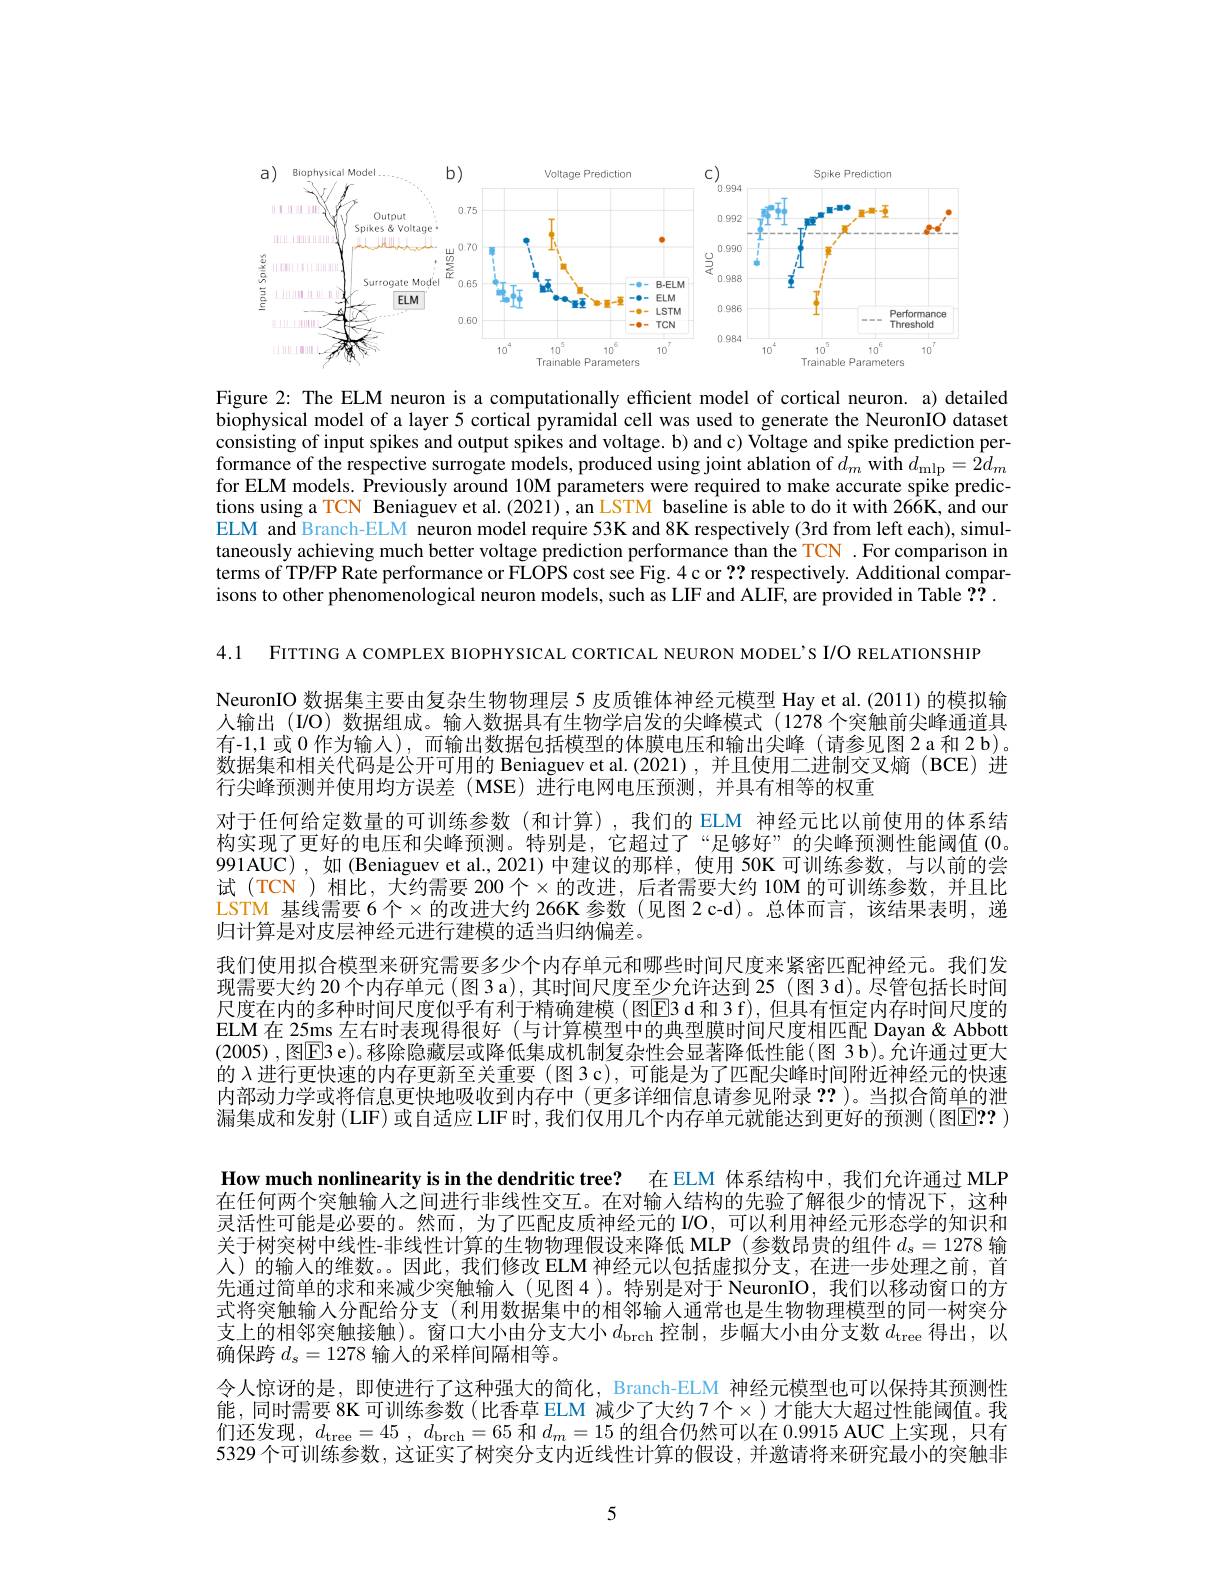
<FigureHere>

Figure 2: The ELM neuron is a computationally efficient model of cortical neuron. a) detailed biophysical model of a layer 5 cortical pyramidal cell was used to generate the NeuronIO dataset consisting of input spikes and output spikes and voltage. b) and c) Voltage and spike prediction performance of the respective surrogate models, produced using joint ablation of $d_m$ with $d_\mathrm{mlp}=2d_m$ for ELM models. Previously around 10M parameters were required to make accurate spike predictions using a TCN Beniaguev et al.(2021),an LSTM baseline is able to do it with 266K, and our ELM and Branch-ELM neuron model require 53K and 8K respectively (3rd from left each), simultaneously achieving much better voltage prediction performance than the TCN .For comparison in terms of TP/FP Rate performance or FLOPS cost see Fig. 4 c or ?? respectively. Additional comparisons to other phenomenological neuron models, such as LIF and ALIF, are provided in Table ??.

4.1 FITTING A COMPLEX BIOPHYSICAL CORTICAL NEURON MODEL'S I/O RELATIONSHIP
NeuronIO 数据集主要由复杂生物物理层 5 皮质锥体神经元模型 Hay et al.(2011) 的模拟输人输出 (I/O) 数据组成。输入数据具有生物学启发的尖峰模式 (1278 个突触前尖峰通道具有-1,1 或 0 作为输人),而输出数据包括模型的体膜电压和输出尖峰 (请参见图 2 a 和 2 b)。数据集和相关代码是公开可用的 Beniaguev et al.(2021),并且使用二进制交叉熵 (BCE)进行尖峰预测并使用均方误差(MSE)进行电网电压预测，并具有相等的权重
对于任何给定数量的可训练参数(和计算),我们的 ELM 神经元比以前使用的体系结构实现了更好的电压和尖峰预测。特别是，它超过了“足够好”的尖峰预测性能阈值(0。991AUC), 如 (Beniaguev et al., 2021) 中建议的那样，使用 50K 可训练参数，与以前的尝试(TCN)相比，大约需要 200个$\times$的改进，后者需要大约 10M 的可训练参数，并且比LSTM 基线需要 6个$\times$的改进大约 266K 参数 (见图 2 c-d)。总体而言，该结果表明，递归计算是对皮层神经元进行建模的适当归纳偏差。
我们使用拟合模型来研究需要多少个内存单元和哪些时间尺度来紧密匹配神经元。我们发现需要大约 20 个内存单元 (图 3 a),其时间尺度至少允许达到 25 (图 3 d)。尽管包括长时间尺度在内的多种时间尺度似乎有利于精确建模(图$\boxed{\mathrm{E}}3\operatorname{d}$和 3f),但具有恒定内存时间尺度的ELM 在 25ms 左右时表现得很好 (与计算模型中的典型膜时间尺度相匹配 Dayan & Abbott (2005) , 图$\boxed{\mathrm{E}}3$ e)。移除隐藏层或降低集成机制复杂性会显著降低性能(图 3 b)。允许通过更大的$\lambda$进行更快速的内存更新至关重要 (图 3 c), 可能是为了匹配尖峰时间附近神经元的快速内部动力学或将信息更快地吸收到内存中(更多详细信息请参见附录？?)。当拟合简单的泄漏集成和发射 (LIF) 或自适应 LIF 时，我们仅用几个内存单元就能达到更好的预测 (图$\boxed{\mathrm{E??~}}$ ) How much nonlinearity is in the dendritic tree? 在 ELM 体系结构中，我们允许通过 MLP 在任何两个突触输人之间进行非线性交互。在对输入结构的先验了解很少的情况下，这种灵活性可能是必要的。然而，为了匹配皮质神经元的 I/O , 可以利用神经元形态学的知识和关于树突树中线性-非线性计算的生物物理假设来降低 MLP(参数昂贵的组件$d_s=1278$输人)的输入的维数。。因此，我们修改 ELM 神经元以包括虚拟分支，在进一步处理之前，首先通过简单的求和来减少突触输人(见图4)。特别是对于 NeuronIO,我们以移动窗口的方式将突触输人分配给分支(利用数据集中的相邻输入通常也是生物物理模型的同一树突分支上的相邻突触接触)。窗口大小由分支大小$d_\mathrm{brch}$控制，步幅大小由分支数$d_\mathrm{tree}$得出，以确保跨$d_s=1278$输入的采样间隔相等。
令人惊讶的是，即使进行了这种强大的简化，Branch-ELM 神经元模型也可以保持其预测性能，同时需要 8K 可训练参数( 比香草 ELM 减少了大约7 个$\times$)才能大大超过性能阈值。我们还发现$,d_\mathrm{tree}=45,d_\mathrm{brch}=65$ 和$d_m=15$ 的组合仍然可以在 0.9915 AUC 上实现，只有5329 个可训练参数，这证实了树突分支内近线性计算的假设，并邀请将来研究最小的突触非

5